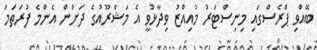
ބޭއްވި ޕްރެސްގައި މިނިސްޓަރު މުއިއްޒު ވިދާޅުވީ އެ މަޝްރޫއުގެ ދަށުން އެންމެ ފުރަތަމަ